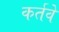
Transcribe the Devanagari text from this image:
कर्तवे